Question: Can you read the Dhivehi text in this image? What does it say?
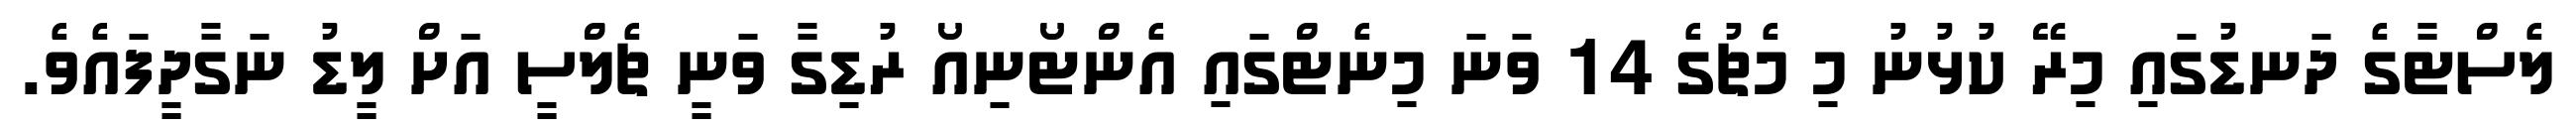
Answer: ލެސްޓާގެ ދަނޑުގައި މިރޭ ކުޅުނު މި މެޗުގެ 14 ވަނަ މިނެޓްގައި އެންޓޯނިއޯ ރުޑިގާ ވަނީ ޗެލްސީ އަށް ލީޑު ނަގާދީފައެވެ.